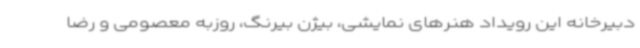
دبیرخانه این رویداد هنرهای نمایشی، بیژن بیرنگ، روزبه معصومی و رضا